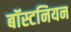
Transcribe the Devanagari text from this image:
बॉस्टनियन